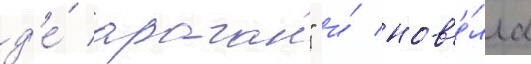
д'е́ араган" и́ нов'е́лла